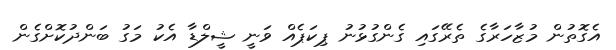
އެގޮތުން މުޒާހަރާގެ ތެރޭގައި ގެންގުޅުނު ޕިކަޕެއް ވަނީ ޝީލްޑާ އެކު މަގު ބަންދުކޮށްގެން